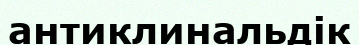
антиклинальдік